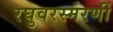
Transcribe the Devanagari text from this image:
रघुवरस्मरणीं